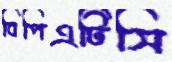
বিপিএটিসি